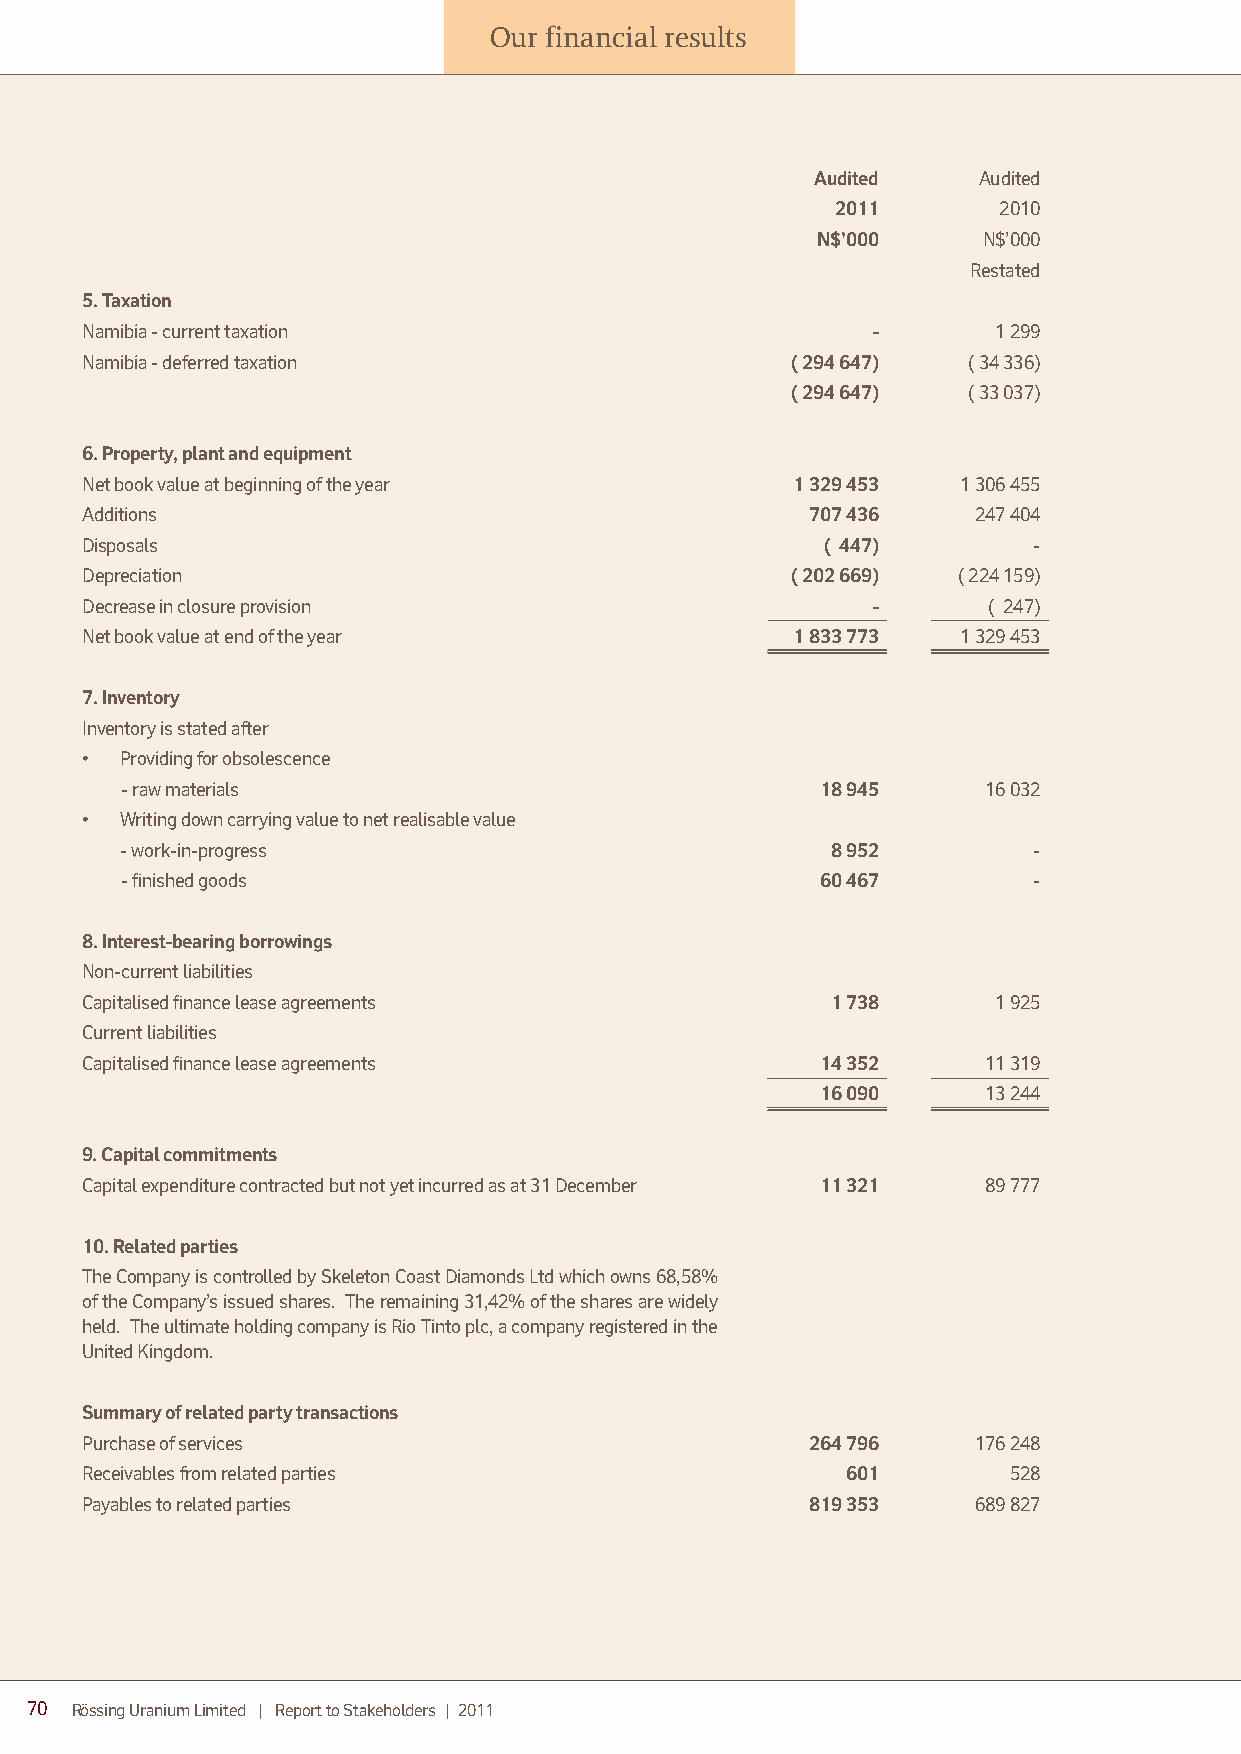
Our financial results
 Audited    Audited
 2011       2010
 N$’000     N$’000
 Restated
 5. Taxation
 Namibia - current taxation                           -       1 299
 Namibia - deferred taxation                    ( 294 647)  ( 34 336)
 ( 294 647)  ( 33 037)
 6. Property, plant and equipment
 Net book value at beginning of the year        1 329 453   1 306 455
 Additions                                       707 436    247 404
 Disposals                                         ( 447)       -
 Depreciation                                   ( 202 669) ( 224 159)
 Decrease in closure provision                        -      ( 247)
 Net book value at end of the year              1 833 773   1 329 453
 7. Inventory
 Inventory is stated after
 •  Providing for obsolescence
 - raw materials                               18 945     16 032
 •  Writing down carrying value to net realisable value
 - work-in-progress                             8 952        -
 - finished goods                              60 467        -
 8. Interest-bearing borrowings
 Non-current liabilities
 Capitalised finance lease agreements              1 738      1 925
 Current liabilities
 Capitalised finance lease agreements             14 352     11 319
 16 090     13 244
 9. Capital commitments
 Capital expenditure contracted but not yet incurred as at 31 December 11 321 89 777
 10. Related parties
 The Company is controlled by Skeleton Coast Diamonds Ltd which owns 68,58%
 of the Company’s issued shares. The remaining 31,42% of the shares are widely
 held. The ultimate holding company is Rio Tinto plc, a company registered in the
 United Kingdom.
 Summary of related party transactions
 Purchase of services                            264 796    176 248
 Receivables from related parties                   601        528
 Payables to related parties                     819 353    689 827
 70 Rössing Uranium Limited | Report to Stakeholders | 2011